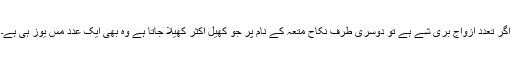
اگر تعدد ازواج بُری شے ہے تو دوسری طرف نکاح متعہ کے نام پر جو کھیل اکثر کھیلا جاتا ہے وہ بھی ایک عدد مِس یوز ہی ہے۔